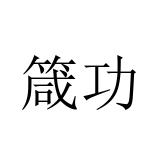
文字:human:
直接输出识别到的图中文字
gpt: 箴功